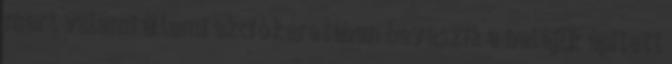
mert valami állami akció keretében beveszik a beléjük épített